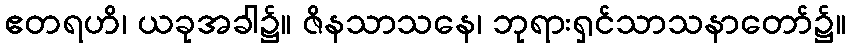
ဧတရဟိ၊ ယခုအခါ၌။ ဇိနသာသနေ၊ ဘုရားရှင်သာသနာတော်၌။